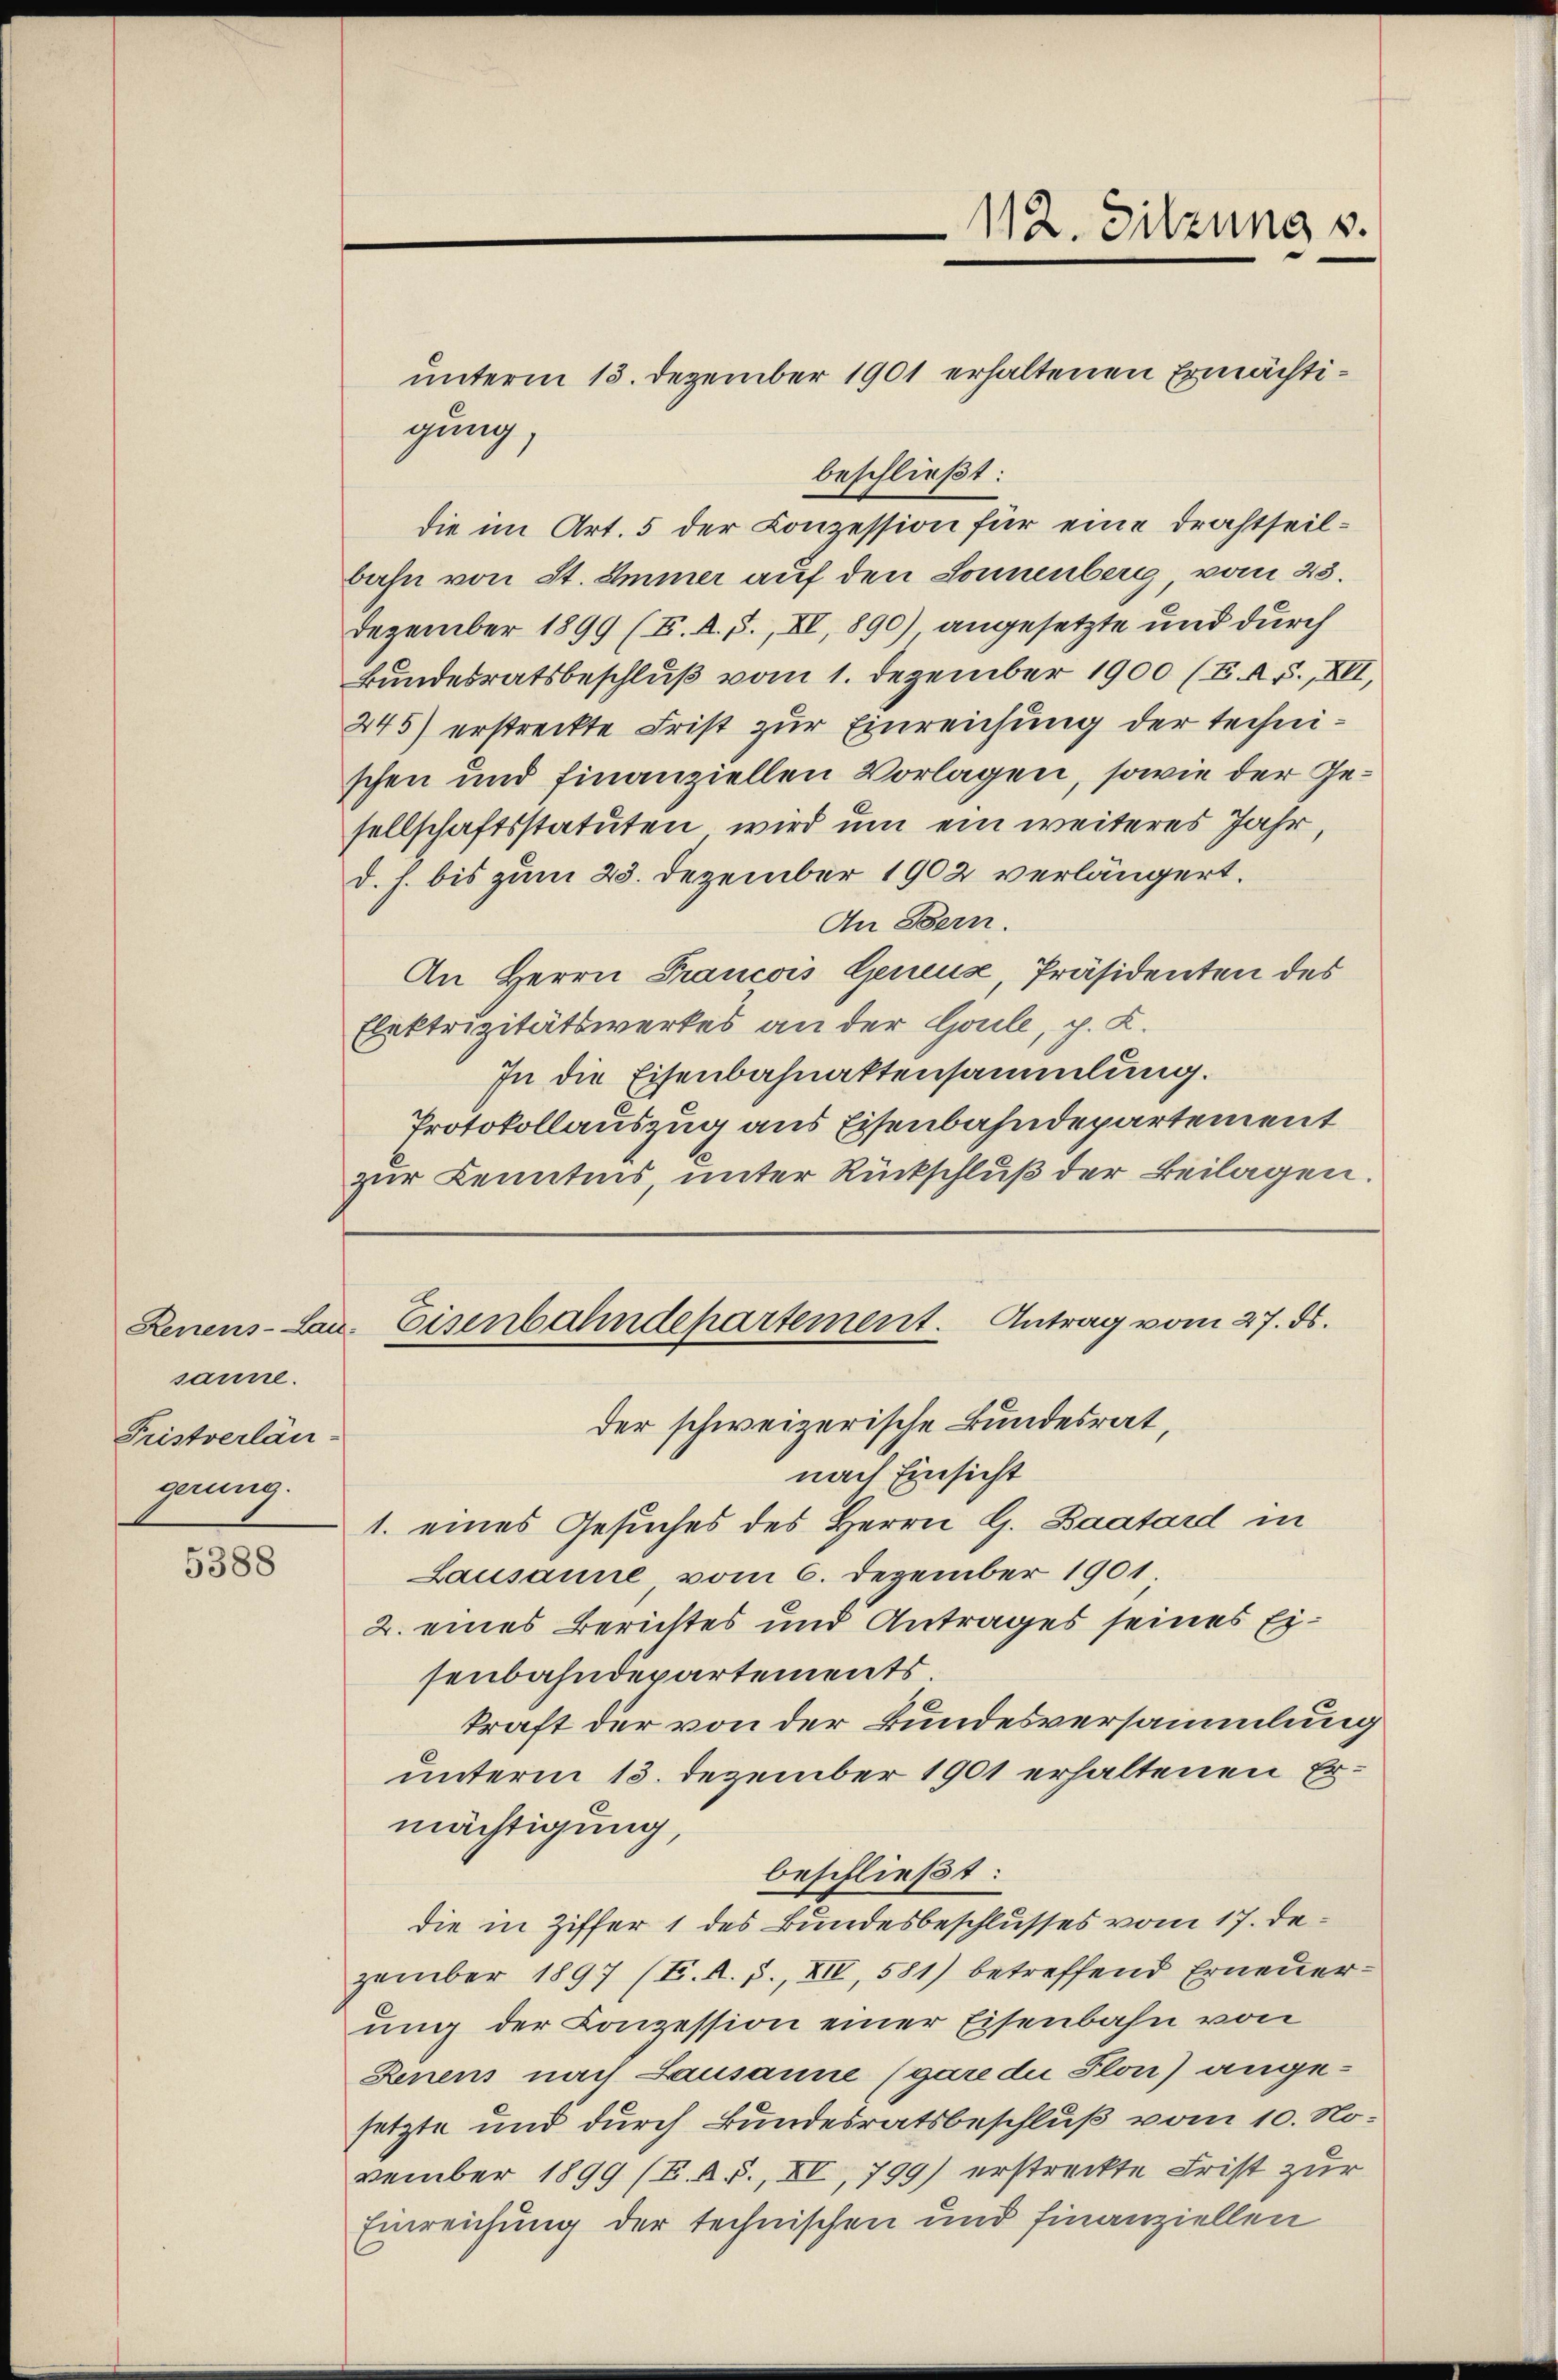
Lenens-Lau-
sanne.
Fristverlän-
gerung.

5388

Eisenbahndepartement. Antrag vom 27. ds.

112. Sitzung s.

unterm 13. Dezember 1901 erhaltenen Ermächtigung.
beschließt:
die im Art. 5 der Conzession für eine Drahtheilbahn von St. Immer auf den Sonnenberg, vom 23.
Dezember 1899 (E. A. J., XI, 890) angesetzte und durch
Bundesratsbeschluß vom 1. Dezember 1900 (E. A. S., XII,
245) erstreckte Frist zur Einreichung der technischen und finanziellen Vorlagen, sowie der Gesellschaftsstatuten wird um ein weiteres Jahr,
d. h. bis zum 23. Dezember 1902 verlängert.
An Bern.
An Herrn Prancois Geneur, Präsidenten des
Elektrizitätswerkes an der Goule, p. K.
In die Eisenbahnaktensammlung.
Protokollauszug aus Eisenbahndepartement
zur Kenntnis, unter Rückschluß der Beilagen.

der schweizerische Bundesrat,
nach Einsicht
1. eines Gesuches des Herrn G. Baatard in
Lausanne vom 6. Dezember 1901.
2. eines Berichtes und Antrages seines Eisenbahndepartements.
kraft der von der Bundesversammlung
unterm 13. Dezember 1901 erhaltenen Ermächtigung,
beschließt:
die in Ziffer 1 des Bundesbeschlusses vom 17. Dezember 1897 (T. K. J., XII, 581) betreffend Erneuerung der Conzession einer Eisenbahn von
Denens nach Lausanne (gare die Ston) angesetzte und durch Bundesratsbeschluß vom 10. November 1899 (E. A. S., XI, 799) erstreckte Frist zur
Einreichung der technischen und finanziellen